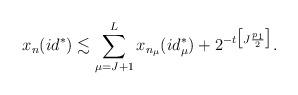
LaTeX: \begin{align*} x_n(id^*)\lesssim \sum_{\mu=J+1}^{L}x_{n_{\mu}}(id_{\mu}^*)+ 2^{-t\big[J\frac{p_1}{2}\big]} . \end{align*}